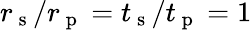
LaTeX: r_{\mathrm{~s~}}/r_{\mathrm{~p~}}=t_{\mathrm{~s~}}/t_{\mathrm{~p~}}=1